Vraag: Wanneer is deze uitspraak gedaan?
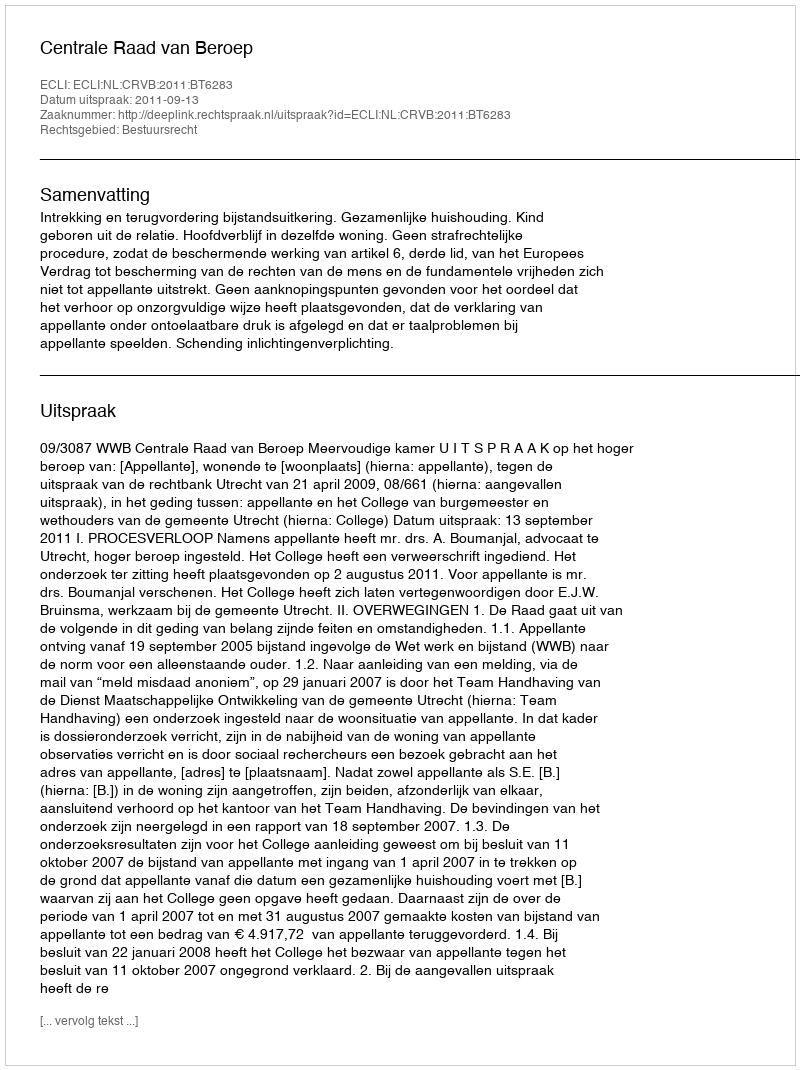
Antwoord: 2011-09-13